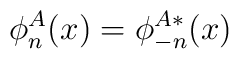
\phi^A_n(x)=\phi^{A\ast}_{-n}(x)